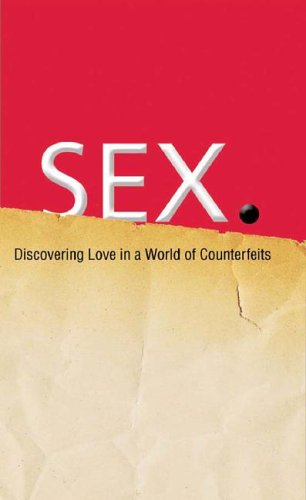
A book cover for SEX:  Discovering Real Love in a World of Counterfeits; Incorporated Barbour Publishing; Teen & Young Adult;